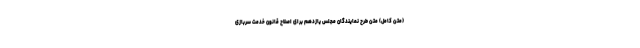
(متن کامل) متن طرح نمایندگان مجلس یازدهم برای اصلاح قانون خدمت سربازی